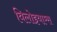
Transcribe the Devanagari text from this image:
विलोइयाम्स